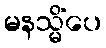
မနသ္မိံပေ